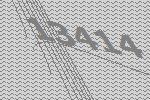
13414